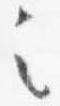
之